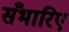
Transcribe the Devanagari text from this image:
सँभारिए